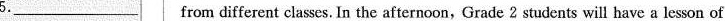
5.___from different classes. In the afternoon,Grade 2students will have a lesson of